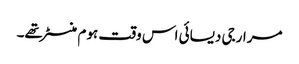
مرارجی دیسائی اس وقت ہوم منسٹر تھے۔